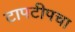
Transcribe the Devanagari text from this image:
टापटीपचा